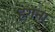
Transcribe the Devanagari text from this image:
हगना